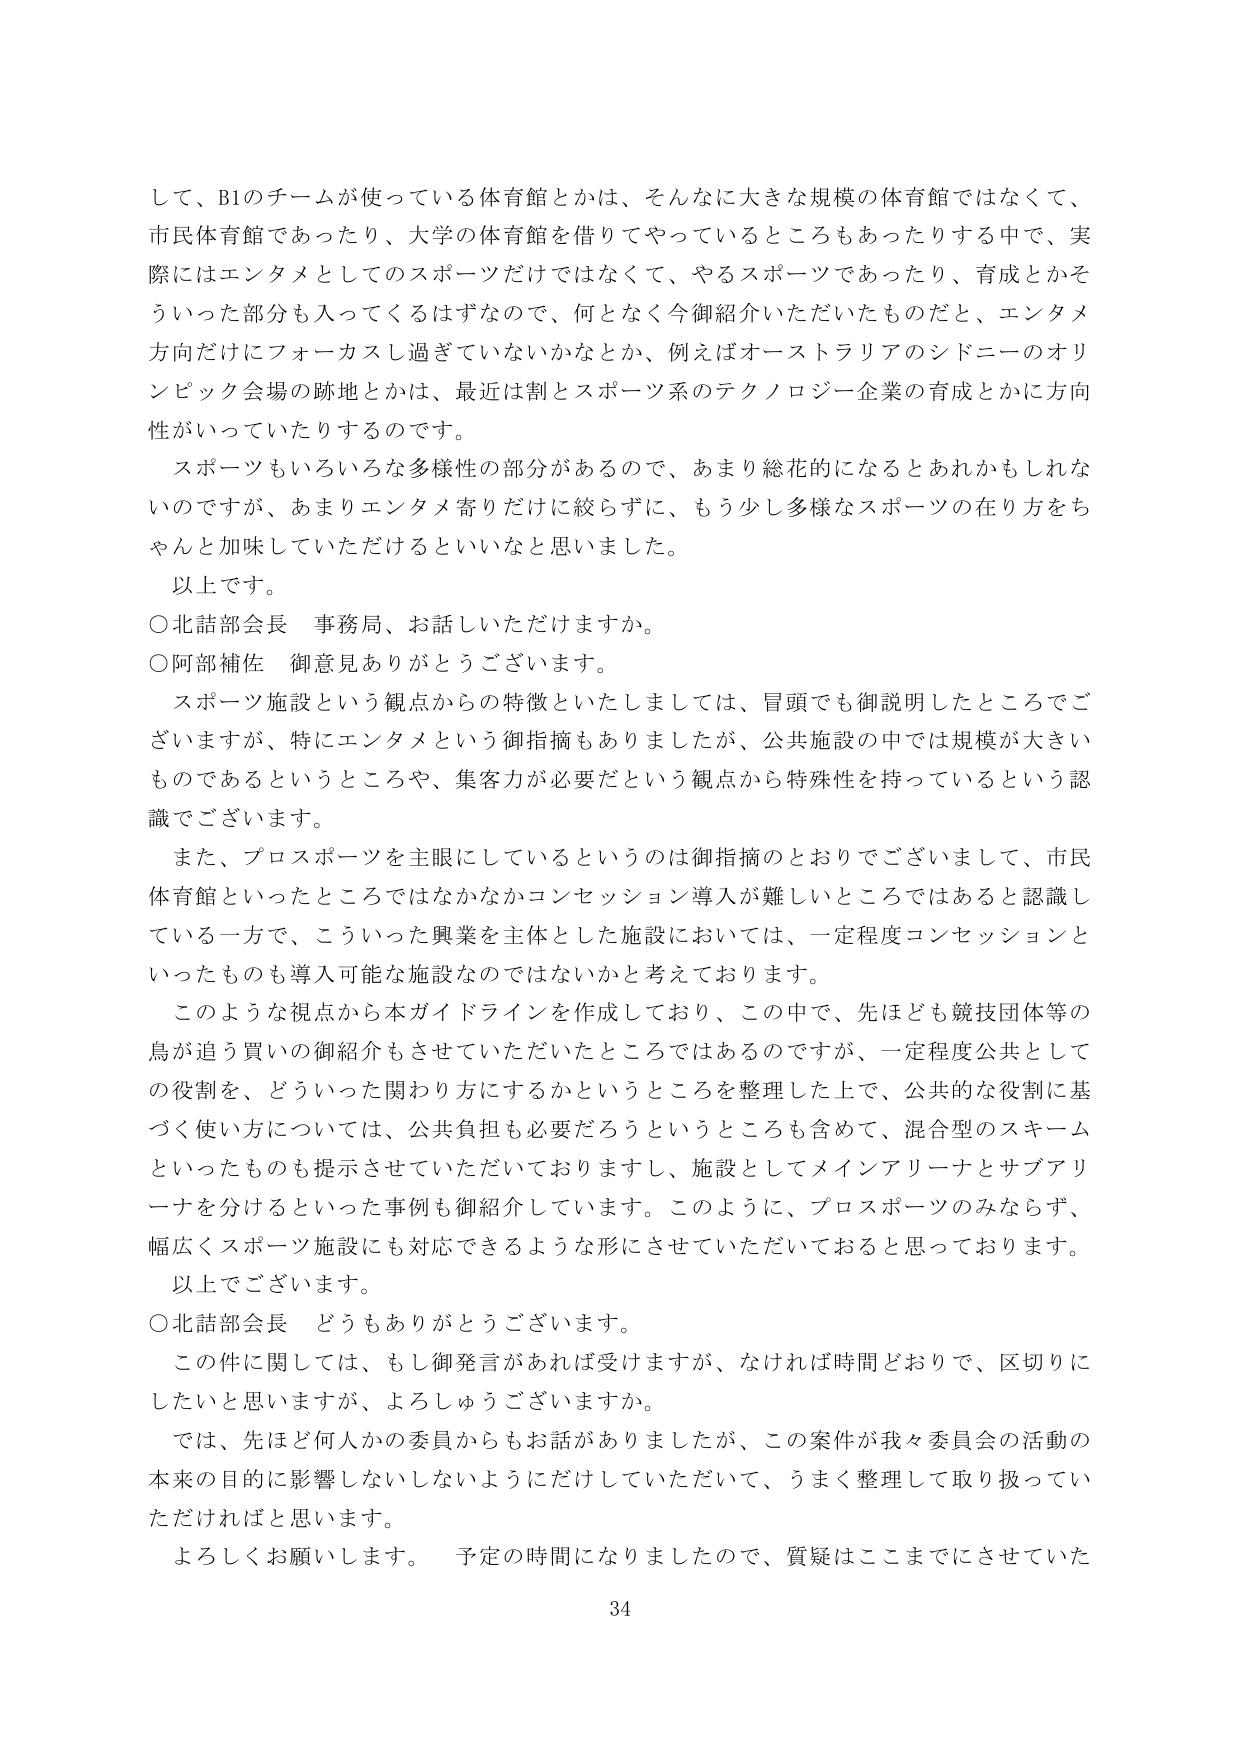
して、B1のチームが使っている体育館とかは、そんなに大きな規模の体育館ではなくて、
市民体育館であったり、大学の体育館を借りてやっているところもあったりする中で、実際にはエンタメとしてのスポーツだけではなくて、やるスポーツであったり、育成とかそういった部分も入ってくるはずなので、何となく今御紹介いただいたものだと、エンタメ方向だけにフォーカスし過ぎていないかなとか、例えばオーストラリアのシドニーのオリンピック会場の跡地とかは、最近は割とスポーツ系のテクノロジー企業の育成とかに方向性がいっていたりするのです。

スポーツもいろいろな多様性の部分があるので、あまり総花的になるとあれかもしれないのでですが、あまりエンタメ寄りだけに絞らずに、もう少し多様なスポーツの在り方をちゃんと加味していただけるといいなと思いました。

以上です。

○北詰部会長 事務局、お話しいただけますか。
○阿部補佐 御意見ありがとうございます。

スポーツ施設という観点からの特徴といたしましては、冒頭でも御説明したところでございますが、特にエンタメという御指摘もありましたが、公共施設の中では規模が大きいものであるというところや、集客力が必要だという観点から特殊性を持っているという認識でございます。

また、プロスポーツを主眼にしているというのは御指摘のとおりでございまして、市民体育館といったところではなかなかコンセッション導入が難しいところではあると認識している一方で、こういった興業を主体とした施設においては、一定程度コンセッションといったものも導入可能な施設なのではないかと考えております。

このような視点から本ガイドラインを作成しており、この中で、先ほども競技団体等の鳥が追う買いの御紹介もさせていただいたところではあるのですが、一定程度公共としての役割を、どういった関わり方にするかというところを整理した上で、公共的な役割に基づく使い方については、公共負担も必要だろうというところも含めて、混合型のスキームといったものも提示させていただいておりますし、施設としてメインアリーナとサブアリーナを分けるといった事例も御紹介しています。このように、プロスポーツのみならず、幅広くスポーツ施設にも対応できるような形にさせていただいておると思っております。

以上でございます。

○北詰部会長 どうもありがとうございます。

この件に関しては、もし御発言があれば受けますが、なければ時間どおりで、区切りにしたいと思いますが、よろしいでしょうか。

では、先ほど何人かの委員からもお話がありましたが、この案件が我々委員会の活動の本来の目的に影響しないしないようにだけしていただいて、うまく整理して取り扱っていただければと思います。

よろしくお願いします。 予定の時間になりましたので、質疑はここまでにさせていた

34